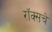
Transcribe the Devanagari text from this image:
रॉक्सचे